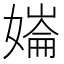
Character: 𡠱